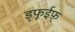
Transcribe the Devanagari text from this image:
ड्फूईफ़़्